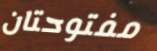
مفتوحتان